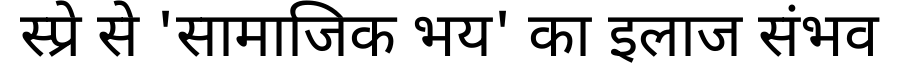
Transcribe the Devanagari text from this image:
स्प्रे से 'सामाजिक भय' का इलाज संभव